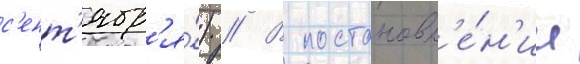
с'ент'ябр'я́) // В постановл'е́н'ии